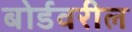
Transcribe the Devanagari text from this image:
बोर्डवरील